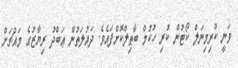
ވަނީ ކްރިމިނަލް ކޯޓުން ކުރި ހުކުމް ބާޠިލްކޮށްފައެވެ. ދައުލަތުން ޢަބްދު ރިޔާޒުގެ މައްޗަށް